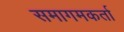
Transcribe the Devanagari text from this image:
समागमकर्ता